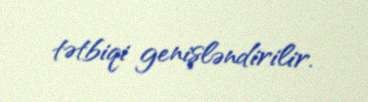
tətbiqi genişləndirilir.